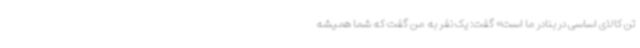
تن کالای اساسی در بنادر ما است» گفت: یک نفر به من گفت که شما همیشه